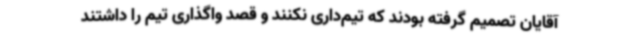
آقایان تصمیم گرفته بودند که تیم‌داری نکنند و قصد واگذاری تیم را داشتند